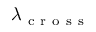
\lambda _ { \mathrm { ~ c ~ r ~ o ~ s ~ s ~ } }